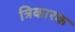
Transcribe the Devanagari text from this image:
त्रिकारक